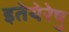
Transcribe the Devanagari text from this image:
इतेयेरेषु